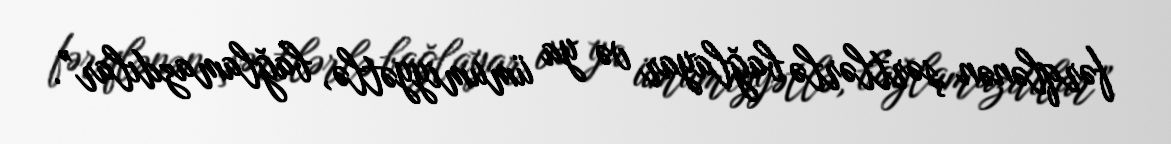
fərqlənən şərtlərlə bağlayar və ya ümumiyyətlə, bağlamazdılar”.